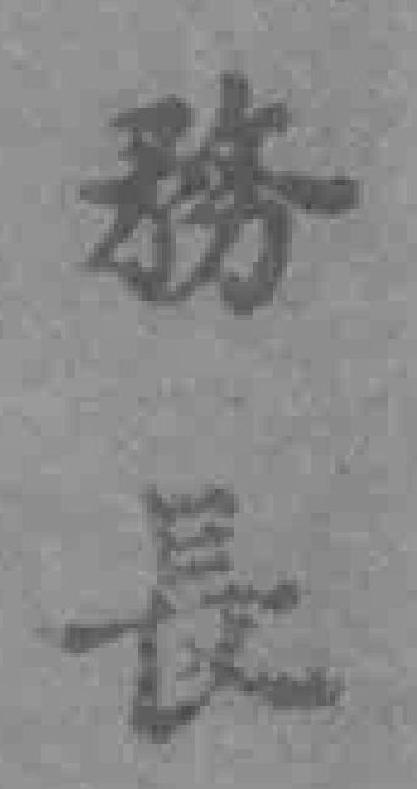
務長